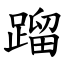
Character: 蹓